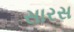
સારસ